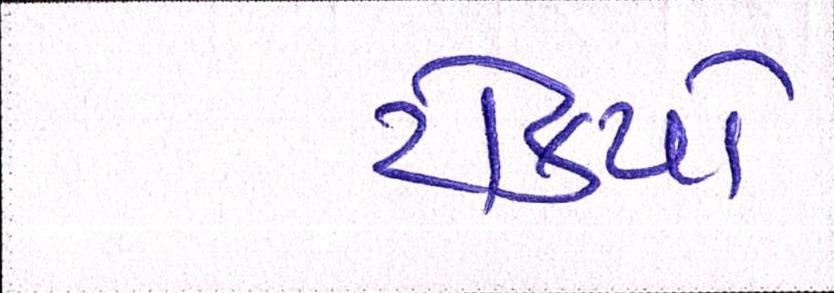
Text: ટોક્યો